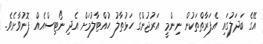
އޭގެ ބަދަލުގައި އެފަރާތްތަކުން ނިންމީ އަރުޖުންގެ ހަޅުތާލު ހުއްޓާލުމަށް އެދި ނޯޓިސްއެއް ފޮނުވާށެވެ.